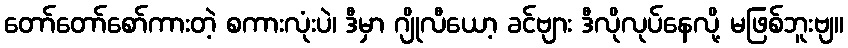
တော်တော်စော်ကားတဲ့ စကားလုံးပဲ၊ ဒီမှာ ဂျိုလီယော့ ခင်ဗျား ဒီလိုလုပ်နေလို့ မဖြစ်ဘူးဗျ။